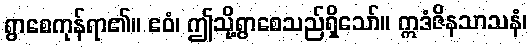
ရွာစေကုန်ရာ၏။ ဧဝံ၊ ဤသို့ရွာစေသည်ရှိသော်။ ဣဒံဇိနသာသနံ၊